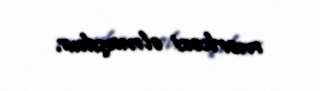
mərkəzi olmuşdur.